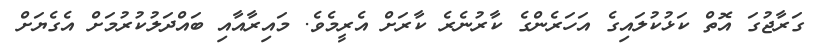
ގަރާޖުގަ އޮތް ކަޅުކުލައިގެ އަހަރެންގެ ކާރުނެރެ ކާރަށް އެރީމެވެ. މައިރާއާއި ބައްދަލުކުރުމަށް އެގެޔަށް